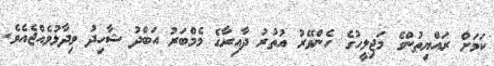
ކަމަށް ރައްޔިތުންގެ މަޖިލީހުގެ ހެންވޭރު އުތުރު ދާއިރާގެ މެމްބަރު އަބްދު ޝާހިދު ވިދާޅުވެއްޖެއެވެ.